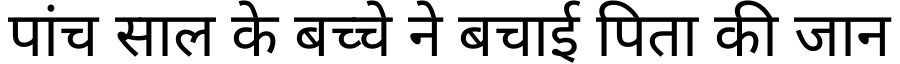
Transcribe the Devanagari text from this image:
पांच साल के बच्चे ने बचाई पिता की जान